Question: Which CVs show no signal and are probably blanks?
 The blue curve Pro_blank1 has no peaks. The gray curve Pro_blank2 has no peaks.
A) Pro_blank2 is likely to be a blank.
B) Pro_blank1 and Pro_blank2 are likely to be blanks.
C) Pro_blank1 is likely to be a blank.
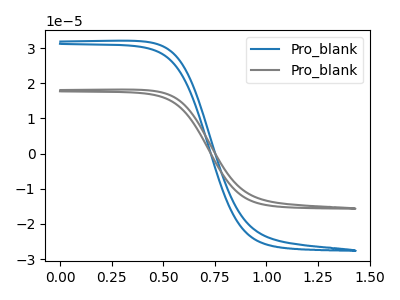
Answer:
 <answer>B) "Pro_blank1" and "Pro_blank2" are likely to be blanks.</answer>
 <eval>B</eval>